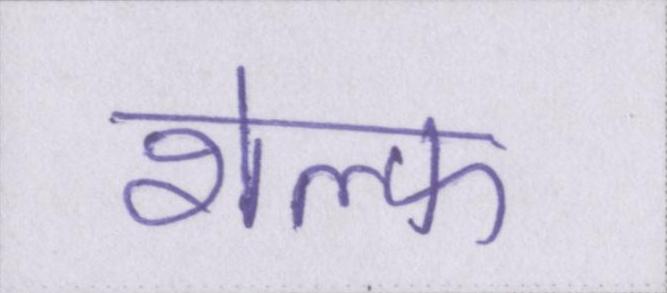
शेल्फ